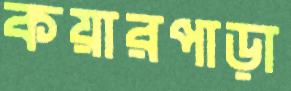
কয়ারপাড়া